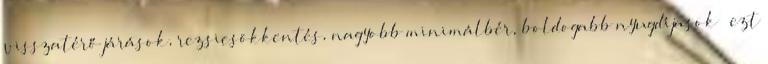
visszatérő járások, rezsicsökkentés, nagyobb minimálbér, boldogabb nyugdíjasok – ezt